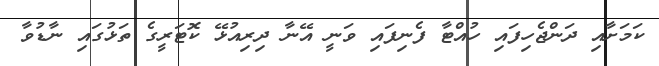
ކަމަށާއި ދަންޖެހިފައި ހުއްޓާ ފެނިފައި ވަނީ އޭނާ ދިރިއުޅޭ ކޮޓަރީގެ ތަޅުގައި ނާޑުވާ